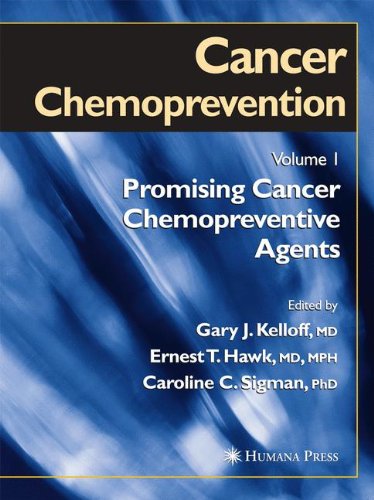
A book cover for Cancer Chemoprevention: Volume 1: Promising Cancer Chemopreventive Agents (Cancer Drug Discovery and Development) (v. 1); Medical Books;